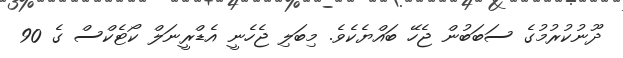
ދޫނުކުރުމުގެ ސަބަބުން ޖެހޭ ބައްޔެކެވެ. މިބަލި ޖެހެނީ އެޑްރީނަލް ކޯޓެކްސް ގެ 90